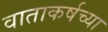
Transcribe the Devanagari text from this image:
वाताकर्षच्या